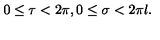
0 \leq \tau < 2 \pi , 0 \leq \sigma < 2 \pi l .